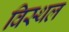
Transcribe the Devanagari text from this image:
विस्थल